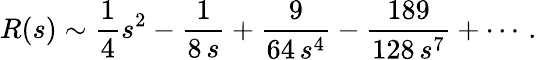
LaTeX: R(s)\sim{\frac{1}{4}}s^{2}-{\frac{1}{8\, s}}+{\frac{9}{64\, s^{4}}}-{\frac{189}{128\, s^{7}}}+\cdots\, .